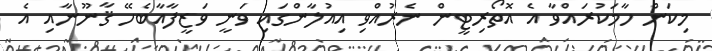
މިކަން ހާމަކުރައްވާ އެ އޮތޯރިޓީން ނެރުއްވި އިއުލާންގައި ވަނީ ވަޒީފާއާބެހޭ ޤާނޫނާއި އެ